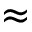
\approx